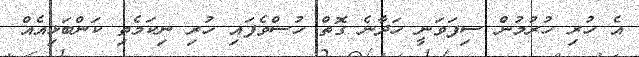
އެ ހުރި ހުރުމުން ސިފަވަނީ ހަދާނެ ގޮތް ހުސްވެފައި ހުރި ނިކަމެތި ކަންބަޅިއެއް